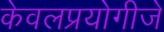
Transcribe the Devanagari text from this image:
केवलप्रयोगीजे